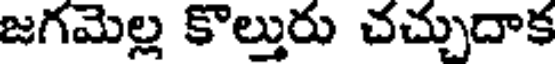
జగమెల్ల కొల్తురు చచ్చుదాక